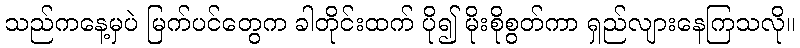
သည်ကနေ့မှပဲ မြက်ပင်တွေက ခါတိုင်းထက် ပို၍ မိုးစိုစွတ်ကာ ရှည်လျားနေကြသလို။